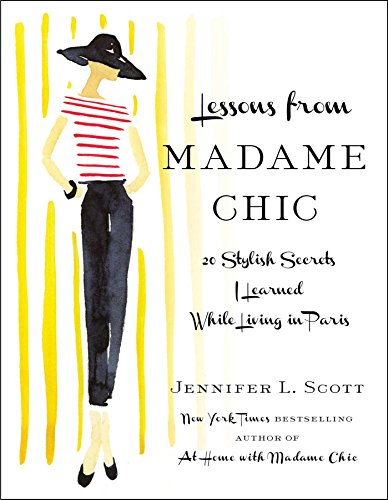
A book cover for Lessons from Madame Chic: 20 Stylish Secrets I Learned While Living in Paris; Jennifer L. Scott; Arts & Photography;